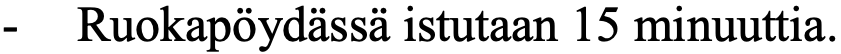
-  Ruokapöydässä istutaan 15 minuuttia.